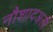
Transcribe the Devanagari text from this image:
नौशादअली